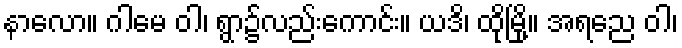
နာလော။ ဂါမေ ဝါ၊ ရွာ၌လည်းကောင်း။ ယဒိ၊ ထိုမြို့။ အရညေ ဝါ၊